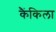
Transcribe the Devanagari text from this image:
कैंकिला